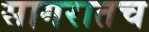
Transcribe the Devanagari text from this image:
सागरातच